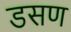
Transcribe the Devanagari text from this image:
डसण